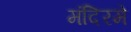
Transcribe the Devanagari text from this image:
मंदिरमे